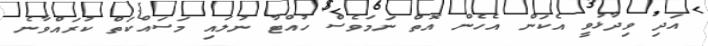
އަދި ވިދާޅުވީ އެކަން އެހެން އޮތް ނަމަވެސް ހުއްޓާ ނުލައި މަސައްކަތް ކުރައްވާނެ